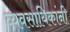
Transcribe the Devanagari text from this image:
व्यवसायिकांनी